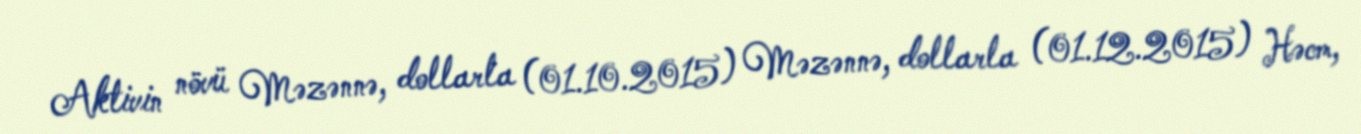
Aktivin növü Məzənnə, dollarla (01.10.2015) Məzənnə, dollarla (01.12.2015) Həcm,